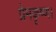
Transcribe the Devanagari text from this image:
प्रेमकृष्ण।